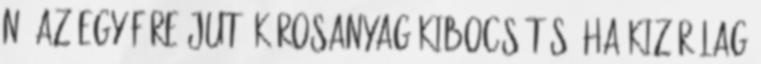
nő az egy főre jutó károsanyag kibocsátás. Ha kizárólag